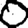
Digit: 0